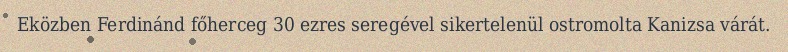
Eközben Ferdinánd főherceg 30 ezres seregével sikertelenül ostromolta Kanizsa várát.